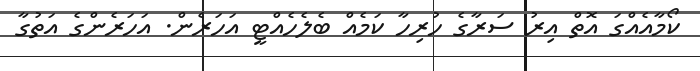
ކޯމާއެއްގަ އޮތް އިރު ސަރާގެ ހުރިހާ ކަމެއް ބެލެހެއްޓީ އަހަރެން. އަހަރެންގެ އަތުގާ